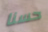
حسنا